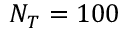
N _ { T } = 1 0 0